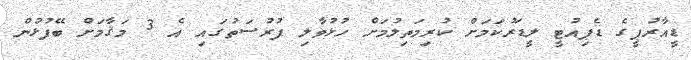
ޑީއާރުޕީގެ ޑެޕިއުޓީ ލީޑަރުކަމަށް ކުރިމަތިލުމަށް ހުޅުވާލި ފުރުސަތުގައި އެ 3 މަޤާމަށް ބޭފުޅުން